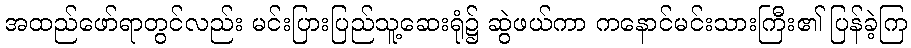
အထည်ဖော်ရာတွင်လည်း မင်းပြားပြည်သူ့ဆေးရုံ၌ ဆွဲဖယ်ကာ ကနောင်မင်းသားကြီး၏ ပြန်ခဲ့ကြ